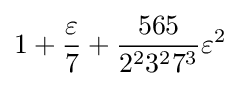
1+{\frac {\varepsilon }{7}}+{\frac {565}{2^{2}3^{2}7^{3}}}\varepsilon ^{2}